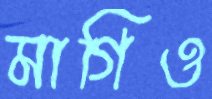
মাগিও